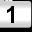
Digit: 1